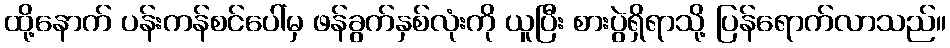
ထို့နောက် ပန်းကန်စင်ပေါ်မှ ဖန်ခွက်နှစ်လုံးကို ယူပြီး စားပွဲရှိရာသို့ ပြန်ရောက်လာသည်။